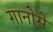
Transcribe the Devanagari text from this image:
गानोसे